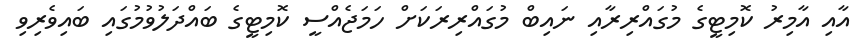
އާއި އާމިރު ކޮމިޓީގެ މުގައްރިރާއި ނައިބް މުގައްރިރަކަށް ހަމަޖެއްސީ ކޮމިޓީގެ ބައްދަލުވުމުގައި ބައިވެރިވި